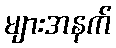
များအနက်